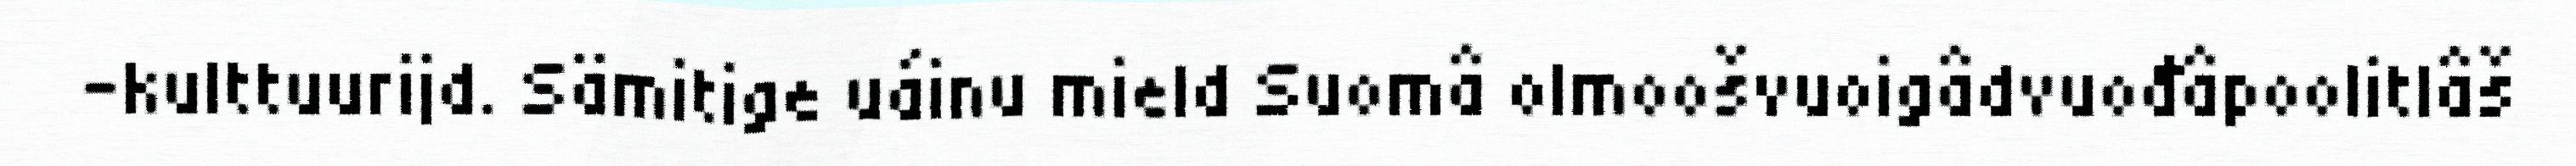
-kulttuurijd. Sämitige uáinu mield Suomâ olmoošvuoigâdvuođâpoolitlâš